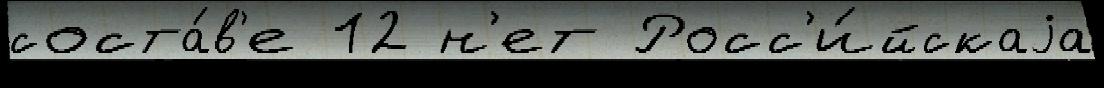
соста́в'е 12 н'ет Росс'и́йскаjа